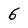
Character: 6